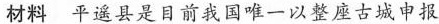
材料平遥县是目前我国唯一以整座古城申报